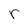
Character: r